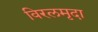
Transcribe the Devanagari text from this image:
विरलमृदा